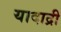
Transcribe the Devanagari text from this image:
यादाद्री